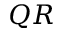
Q R